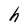
Character: h